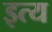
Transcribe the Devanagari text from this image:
इत्य